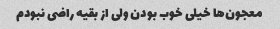
معجون‌ها خیلی خوب بودن ولی از بقیه راضی نبودم